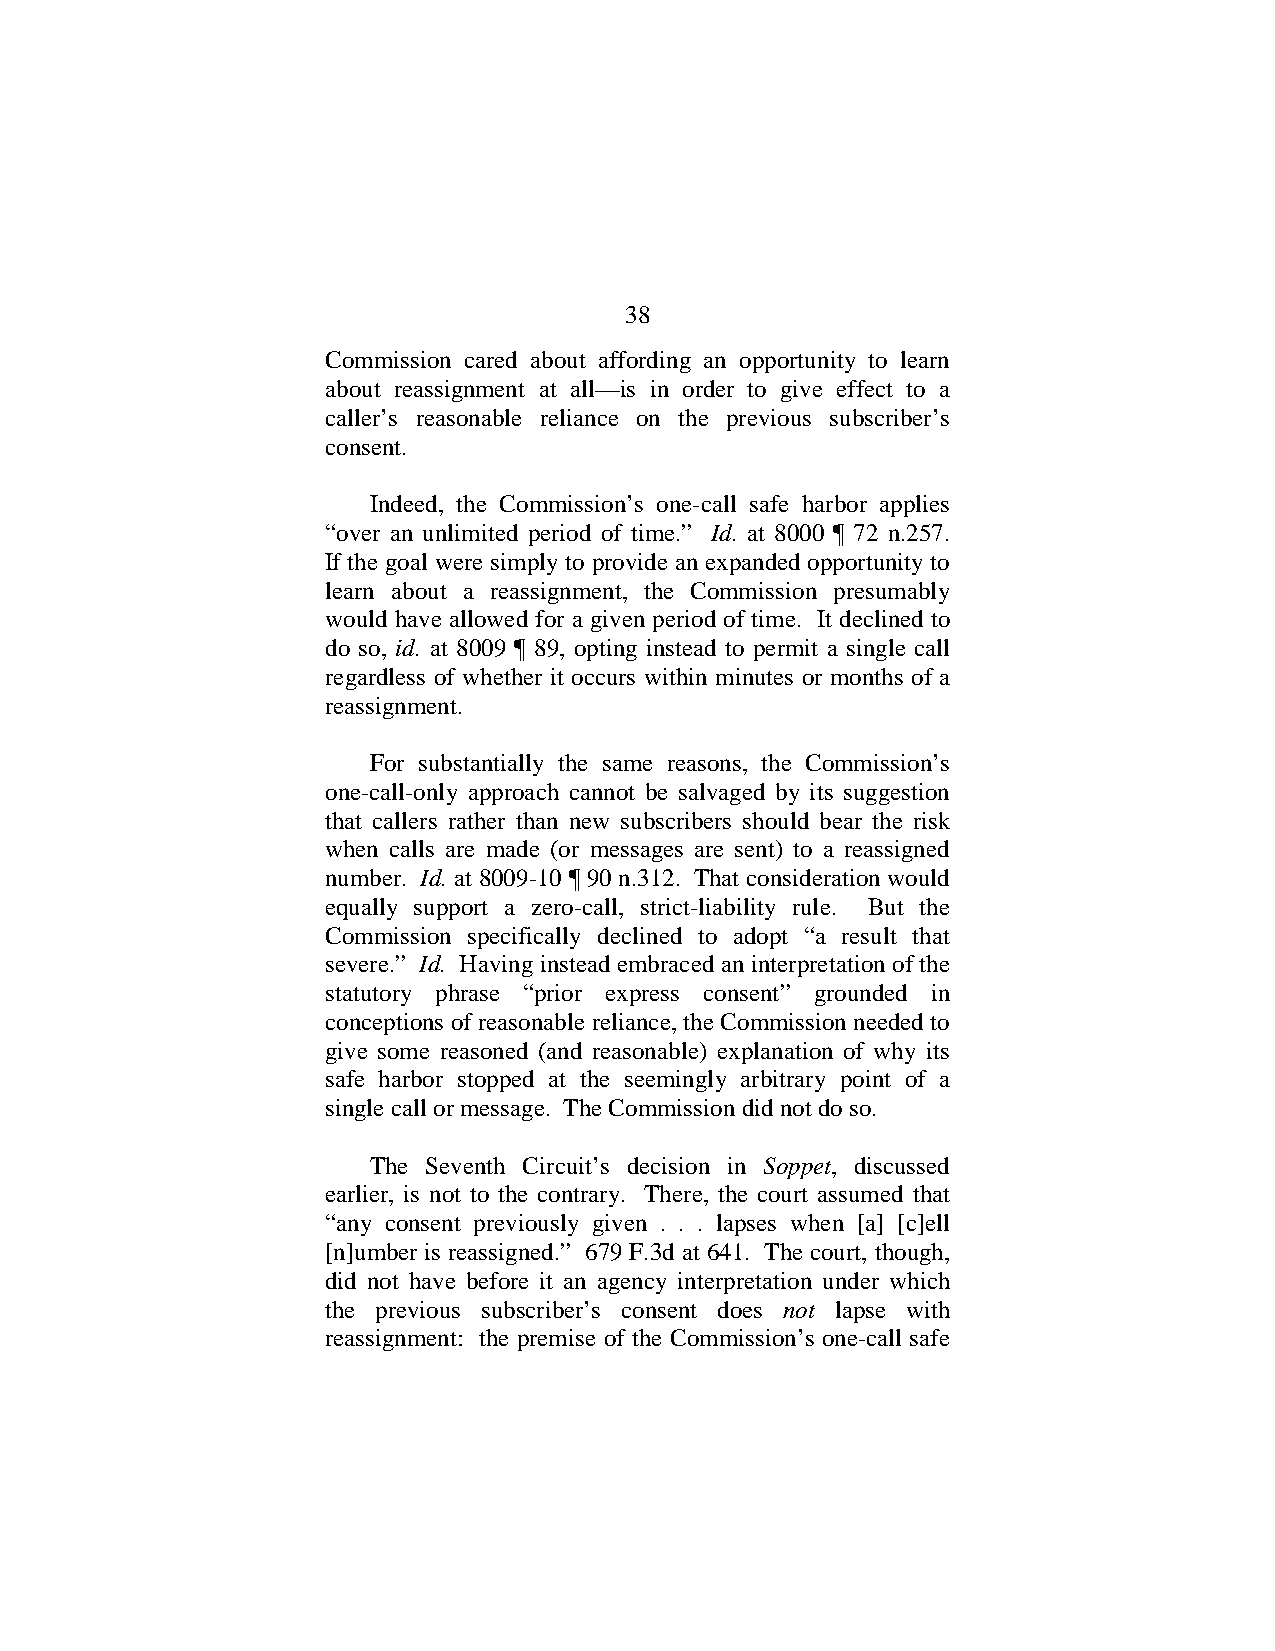
38
 Commission cared about affording an opportunity to learn
 about reassignment at all—is in order to give effect to a
 caller’s reasonable reliance on the previous subscriber’s
 consent.
 Indeed, the Commission’s one-call safe harbor applies
 “over an unlimited period of time.” Id. at 8000 ¶ 72 n.257.
 If the goal were simply to provide an expanded opportunity to
 learn about a reassignment, the Commission presumably
 would have allowed for a given period of time. It declined to
 do so, id. at 8009 ¶ 89, opting instead to permit a single call
 regardless of whether it occurs within minutes or months of a
 reassignment.
 For substantially the same reasons, the Commission’s
 one-call-only approach cannot be salvaged by its suggestion
 that callers rather than new subscribers should bear the risk
 when calls are made (or messages are sent) to a reassigned
 number. Id. at 8009-10 ¶ 90 n.312. That consideration would
 equally support a zero-call, strict-liability rule. But the
 Commission specifically declined to adopt “a result that
 severe.” Id. Having instead embraced an interpretation of the
 statutory phrase “prior express consent” grounded in
 conceptions of reasonable reliance, the Commission needed to
 give some reasoned (and reasonable) explanation of why its
 safe harbor stopped at the seemingly arbitrary point of a
 single call or message. The Commission did not do so.
 The Seventh Circuit’s decision in Soppet, discussed
 earlier, is not to the contrary. There, the court assumed that
 “any consent previously given . . . lapses when [a] [c]ell
 [n]umber is reassigned.” 679 F.3d at 641. The court, though,
 did not have before it an agency interpretation under which
 the previous subscriber’s consent does not lapse with
 reassignment: the premise of the Commission’s one-call safe